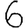
Digit: 6